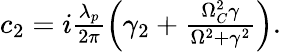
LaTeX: \begin{array}{r}{c_{2}=i\frac{\lambda_{p}}{2\pi}\left(\gamma_{2}+\frac{\Omega_{C}^{2}\gamma}{\Omega^{2}+\gamma^{2}}\right).}\end{array}